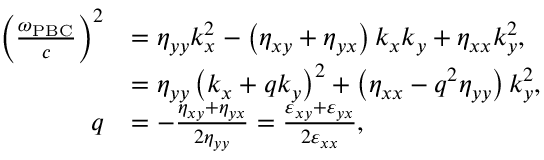
\begin{array} { r l } { \left( \frac { \omega _ { \mathrm { P B C } } } { c } \right) ^ { 2 } } & { = \eta _ { y y } k _ { x } ^ { 2 } - \left( \eta _ { x y } + \eta _ { y x } \right) k _ { x } k _ { y } + \eta _ { x x } k _ { y } ^ { 2 } , } \\ & { = \eta _ { y y } \left( k _ { x } + q k _ { y } \right) ^ { 2 } + \left( \eta _ { x x } - q ^ { 2 } \eta _ { y y } \right) k _ { y } ^ { 2 } , } \\ { q } & { = - \frac { \eta _ { x y } + \eta _ { y x } } { 2 \eta _ { y y } } = \frac { \varepsilon _ { x y } + \varepsilon _ { y x } } { 2 \varepsilon _ { x x } } , } \end{array}